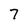
Character: 7